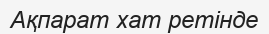
Ақпарат хат ретінде